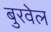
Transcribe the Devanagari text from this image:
बुरवेल